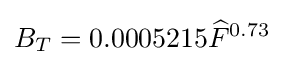
B_{T}=0.0005215{\widehat {F}}^{0.73}